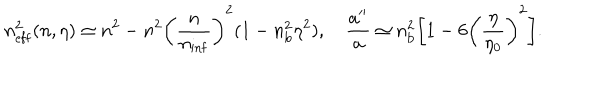
LaTeX: n _ { \mathrm { e f f } } ^ { 2 } ( n , \eta ) \simeq n ^ { 2 } - n ^ { 2 } \biggl ( \frac { n } { n _ { \mathrm { i n f } } } \biggr ) ^ { 2 } ( 1 - n _ { \mathrm { b } } ^ { 2 } \eta ^ { 2 } ) , \quad \frac { a ^ { \prime \prime } } { a } \simeq n _ { \mathrm { b } } ^ { 2 } \biggl [ 1 - 6 \biggl ( \frac { \eta } { \eta _ { 0 } } \biggr ) ^ { 2 } \biggr ] .